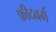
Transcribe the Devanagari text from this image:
फ्रीदबर्ग